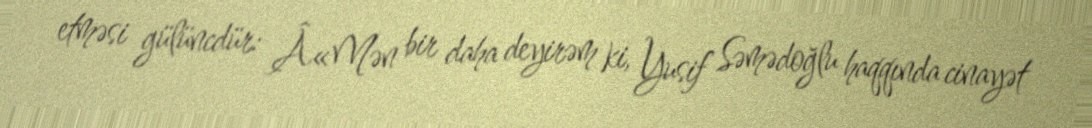
etməsi gülüncdür: Â«Mən bir daha deyirəm ki, Yusif Səmədoğlu haqqında cinayət